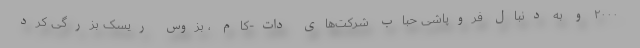
۲۰۰۰ و به دنبال فروپاشی حباب شرکت‌های دات-کام ، بزوس ریسک بزرگی کرد